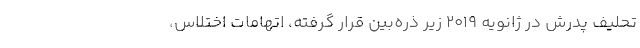
تحلیف پدرش در ژانویه ۲۰۱۹ زیر ذره‌بین قرار گرفته، اتهامات اختلاس،